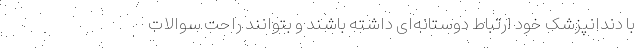
با دندانپزشک خود ارتباط دوستانه‌ای داشته باشند و بتوانند راحت سوالات